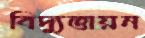
বিদ্যুত্তায়ন